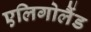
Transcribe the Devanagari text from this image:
एलिगोलैंड